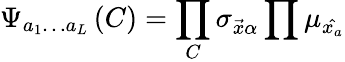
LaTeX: \Psi_{a_{1}\ldots a_{L}}\left(C\right)=\prod_{C}{\sigma_{\vec{x}\alpha}}\prod{\mu_{\hat{x_{a}}}}